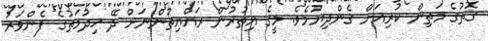
ގޮތުގެ މަތިން ކުރިއަށް ގެންދިޔުމެވެ. މީގެ އިތުރުން ރައްޔިތުންނަށް ދޭ ޚިދުމަތުގެ ފެންވަރު